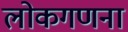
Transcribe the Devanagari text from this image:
लोकगणना